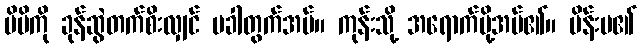
မိမိကို ခုန်ဆွဲတက်စိးလျှင် မခါတွက်အပ်။ ကုန်းသို့ အရောက်ပို့အပ်၏။ မိန်းမ၏